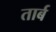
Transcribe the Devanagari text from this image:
तार्ब